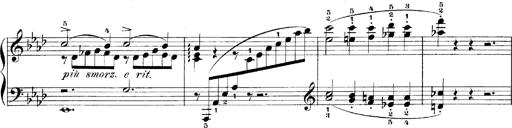
Title: LiebestrÃ¤ume
Composer: Franz Behr
Key: E-flat major